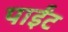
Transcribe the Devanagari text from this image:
पाईंट